Indian journal of veterinary science and animal husbandry - Volume 10,
Year: 1940
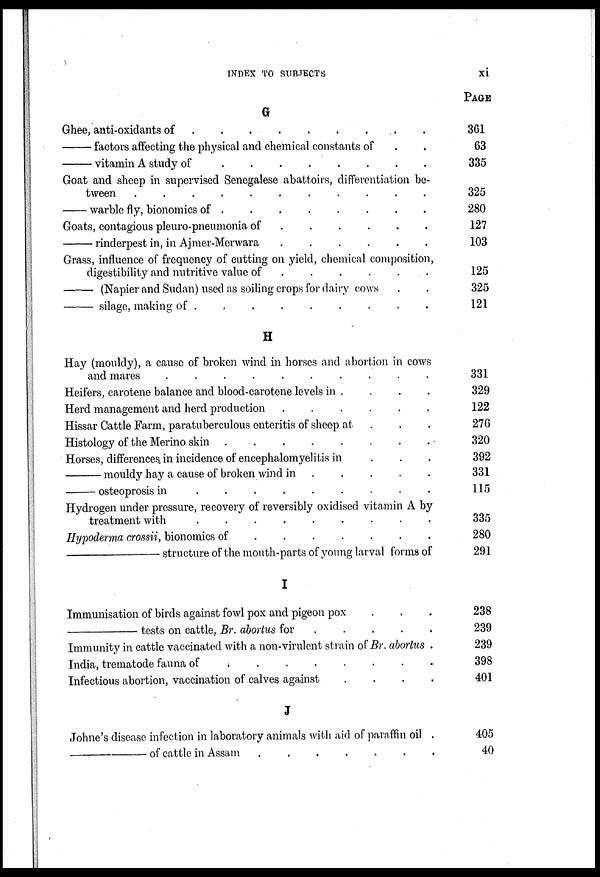
INDEX TO
SUBJECTS
xi
G
Ghee, anti-oxidants of
.
.
.
.
.
.
.
.
—factors
affecting the physical and chemical constants of . .
—vitamin
A study of
.
.
.
.
.
.
.
.
Goat and sheep in supervised Senegalese abattoirs, differentiation be-
tween .
.
.
.
.
—warble fly, bionomics of
.
.
.
.
.
.
.
.
Goats, contagious pleuro-pneumonia of
.
.
.
.
.
—rinderpest
in, in Ajmer-Merwara
.
.
.
.
.
.
Grass, influence of frequency of cutting on yield, chemical composition,
digestibility and nutritive value of
.
.
.
.
.
.
—(Napier
and Sudan) used as soiling crops for dairy cows . .
—
silage, making of . . . . . . . . .
H
Hay (mouldy), a cause of broken wind in horses and abortion in cows
and mares
.
.
.
.
Heifers, carotene balance and blood-carotene levels in . . . . . . . . .
Herd management and herd production .
.
.
.
.
.
Hissar Cattle Farm, paratuberculous enteritis of sheep at . . .
Histology of the Merino skin
.
.
.
.
.
.
Horses, differences, in incidence of encephalomyelitis in
.
.
.
— mouldy hay a cause of broken wind in . . . . . . .
—osteoprosis
in
.
.
.
.
.
.
.
.
.
Hydrogen under pressure, recovery of reversibly oxidised vitamin A by
treatment with
.
.
.
.
.
.
.
.
.
Hypoderma crossii, bionomics of
.
.
.
.
.
.
—structure
of the mouth-parts of young larval forms of
I
Immunisation of birds against fowl pox and pigeon pox . . . . . .
—tests
on cattle, Br. abortus for
.
.
.
.
.
Immunity in cattle vaccinated with a non-virulent strain of Br. abortus .
India, trematode fauna of
.
.
.
.
.
.
.
Infectious abortion, vaccination of calves against
.
.
.
.
J
Johne's disease infection in laboratory animals with aid of paraffin oil .
—of
cattle in Assam .
.
.
.
.
.
.
PAGE
361
63
335
325
280
127
103
125
325
121
331
329
122
276
320
392
331
115
335
280
291
238
239
239
398
401
405
40